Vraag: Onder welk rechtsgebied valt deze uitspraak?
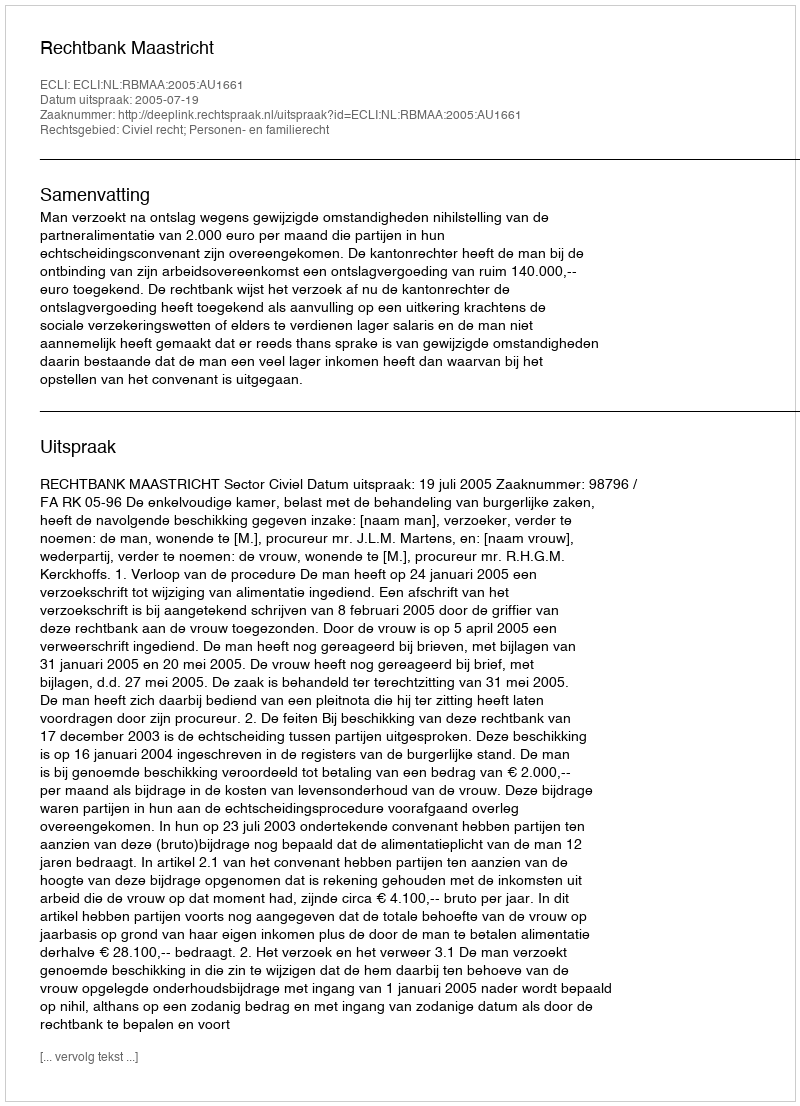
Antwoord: Civiel recht; Personen- en familierecht